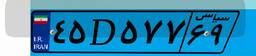
۴۵D۵۷۷۶۹